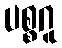
ပစ္စဂူ